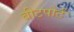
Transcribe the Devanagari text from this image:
बीटपोर्ट